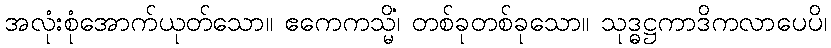
အလုံးစုံအောက်ယုတ်သော။ ဧကေကသ္မိံ၊ တစ်ခုတစ်ခုသော။ သုဒ္ဓဋ္ဌကာဒိကလာပေပိ၊